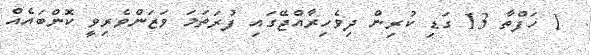
1 ހަފްތާ 13 ގަޑި ކުރިން ދިވެހިރާއްޖޭގައި ފުރަތަމަ ވަޒަންވެރިވީ ކޮންބައެއް